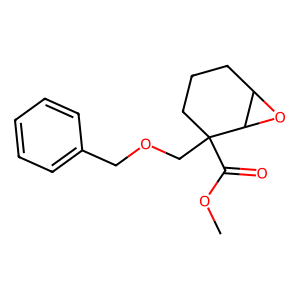
SMILES: COC(=O)C1(COCc2ccccc2)CCCC2OC21
Inhibits HIV replication: No